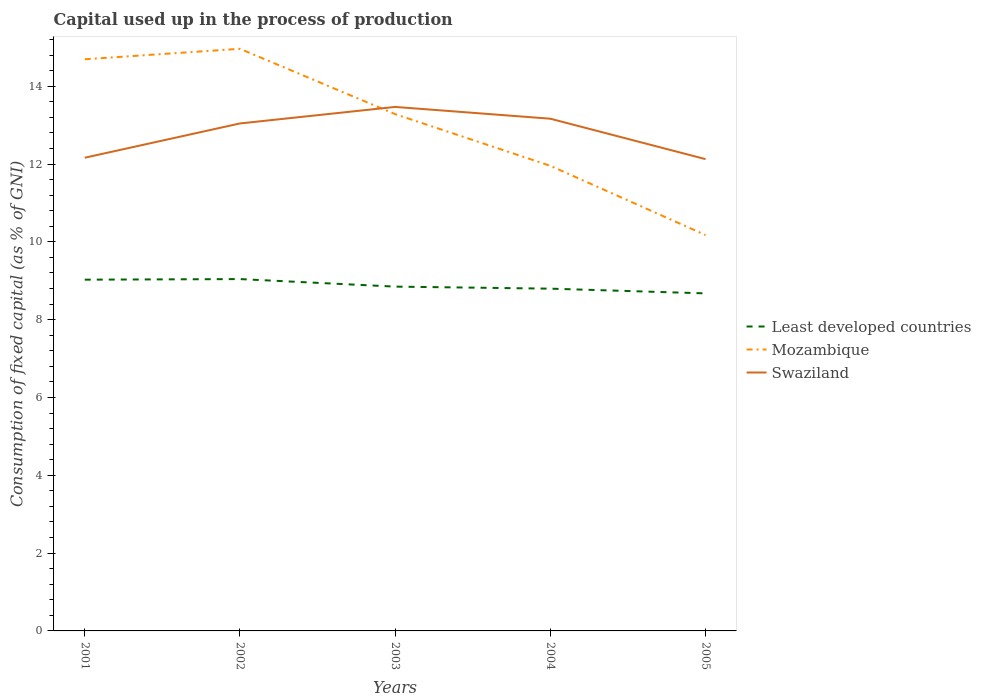
| Years | Least developed countries | Mozambique | Swaziland |
 | --- | --- | --- | --- |
 | 2001 | 9.03 | 14.7 | 12.2 |
 | 2002 | 9.04 | 15 | 13 |
 | 2003 | 8.85 | 13.3 | 13.5 |
 | 2004 | 8.8 | 12 | 13.2 |
 | 2005 | 8.68 | 10.2 | 12.1 |